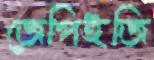
জেপিইজি